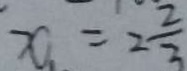
x = 2 \frac { 2 } { 3 }